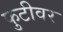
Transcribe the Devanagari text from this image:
फुटीवर